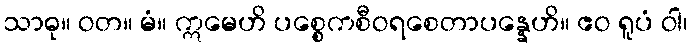
သာဓု။ ဝတ။ မံ။ ဣမေဟိ ပစ္စေကစီဝရစေတာပန္နေဟိ။ ဧဝ ရူပံ ဝါ၊